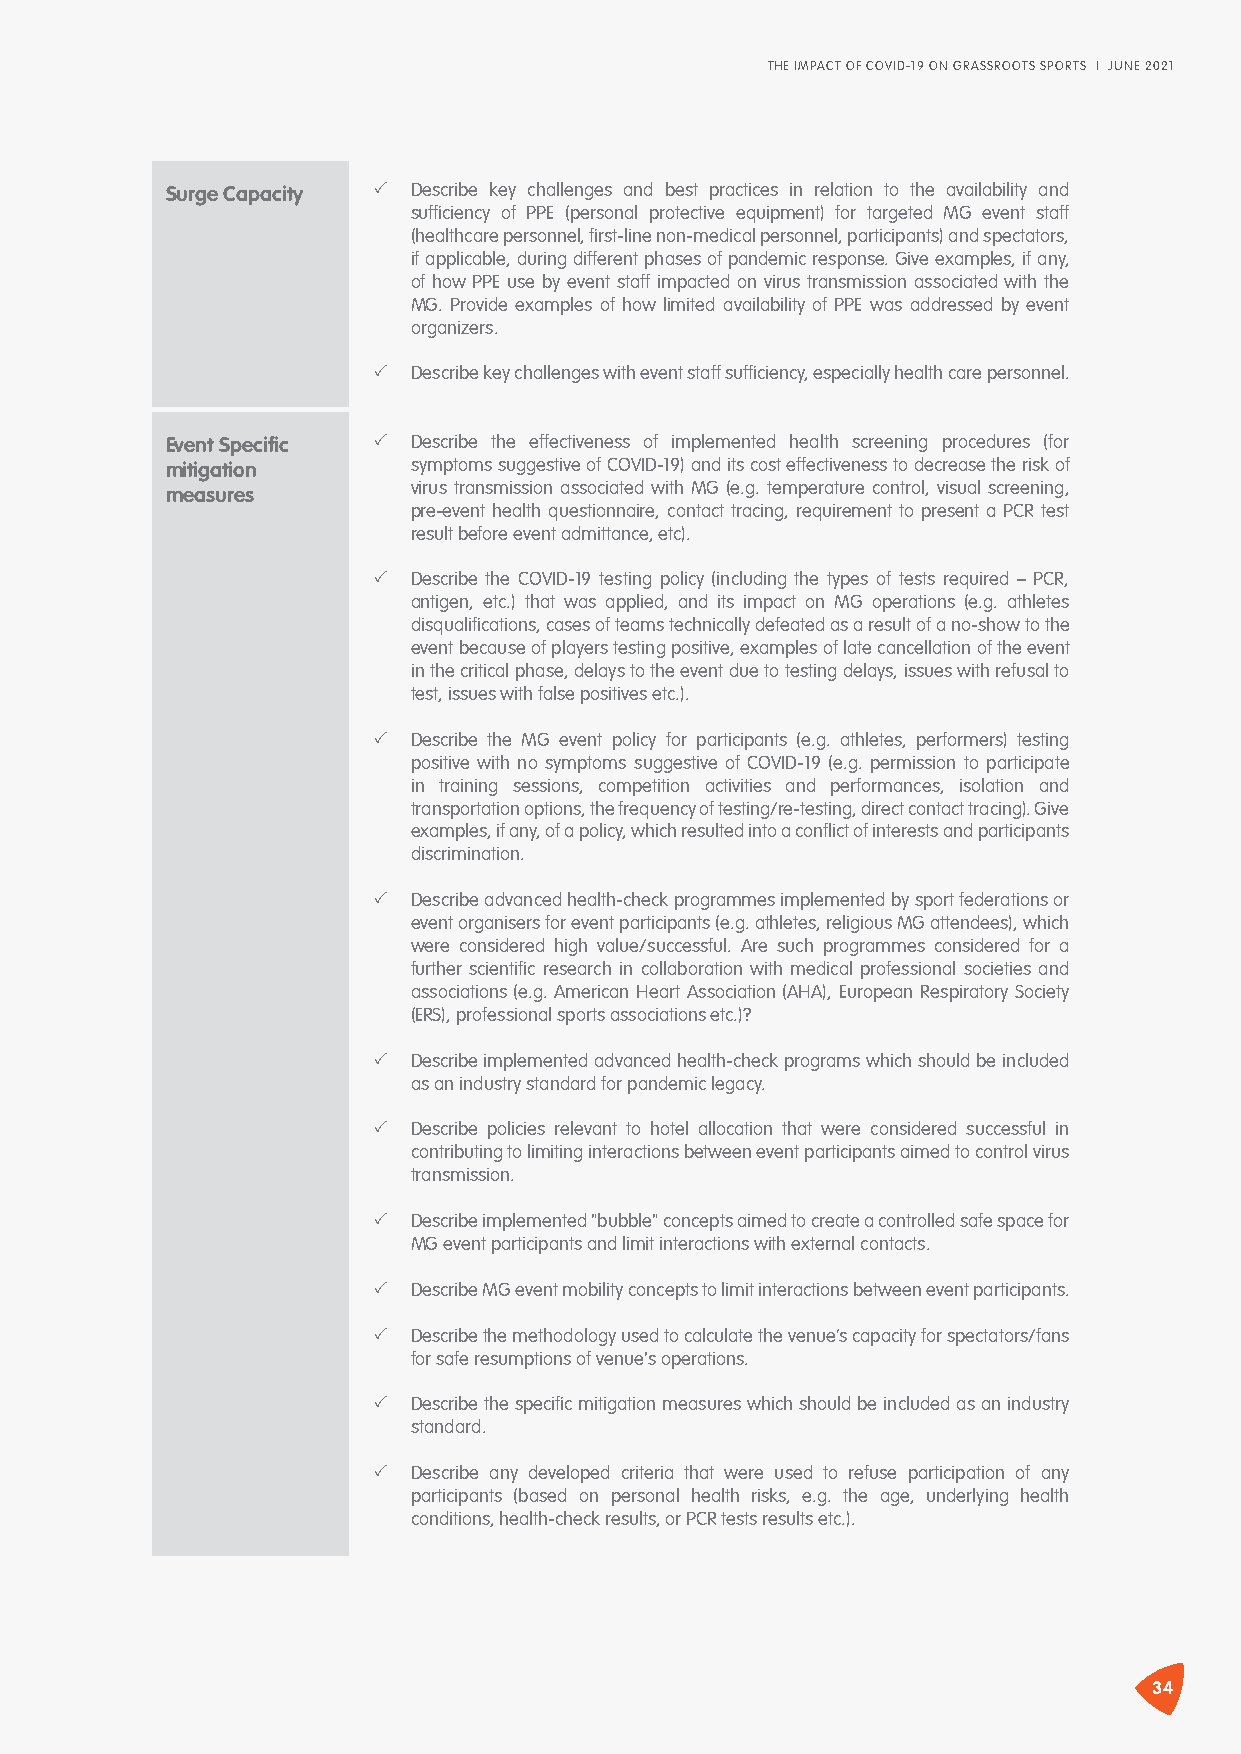
THE IMPACT OF COVID-19 ON GRASSROOTS SPORTS I JUNE 2021
 Surge Capacity � Describe key challenges and best practices in relation to the availability and
 sufficiency of PPE (personal protective equipment) for targeted MG event staff
 (healthcare personnel, first-line non-medical personnel, participants) and spectators,
 if applicable, during different phases of pandemic response. Give examples, if any,
 of how PPE use by event staff impacted on virus transmission associated with the
 MG. Provide examples of how limited availability of PPE was addressed by event
 organizers.
 � Describe key challenges with event staff sufficiency, especially health care personnel.
 Event Specific � Describe the effectiveness of implemented health screening procedures (for
 mitigation      symptoms suggestive of COVID-19) and its cost effectiveness to decrease the risk of
 virus transmission associated with MG (e.g. temperature control, visual screening,
 measures
 pre-event health questionnaire, contact tracing, requirement to present a PCR test
 result before event admittance, etc).
 � Describe the COVID-19 testing policy (including the types of tests required – PCR,
 antigen, etc.) that was applied, and its impact on MG operations (e.g. athletes
 disqualifications, cases of teams technically defeated as a result of a no-show to the
 event because of players testing positive, examples of late cancellation of the event
 in the critical phase, delays to the event due to testing delays, issues with refusal to
 test, issues with false positives etc.).
 � Describe the MG event policy for participants (e.g. athletes, performers) testing
 positive with no symptoms suggestive of COVID-19 (e.g. permission to participate
 in training sessions, competition activities and performances, isolation and
 transportation options, the frequency of testing/re-testing, direct contact tracing). Give
 examples, if any, of a policy, which resulted into a conflict of interests and participants
 discrimination.
 � Describe advanced health-check programmes implemented by sport federations or
 event organisers for event participants (e.g. athletes, religious MG attendees), which
 were considered high value/successful. Are such programmes considered for a
 further scientific research in collaboration with medical professional societies and
 associations (e.g. American Heart Association (AHA), European Respiratory Society
 (ERS), professional sports associations etc.)?
 � Describe implemented advanced health-check programs which should be included
 as an industry standard for pandemic legacy.
 � Describe policies relevant to hotel allocation that were considered successful in
 contributing to limiting interactions between event participants aimed to control virus
 transmission.
 � Describe implemented "bubble" concepts aimed to create a controlled safe space for
 MG event participants and limit interactions with external contacts.
 � Describe MG event mobility concepts to limit interactions between event participants.
 � Describe the methodology used to calculate the venue’s capacity for spectators/fans
 for safe resumptions of venue's operations.
 � Describe the specific mitigation measures which should be included as an industry
 standard.
 � Describe any developed criteria that were used to refuse participation of any
 participants (based on personal health risks, e.g. the age, underlying health
 conditions, health-check results, or PCR tests results etc.).
 34